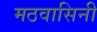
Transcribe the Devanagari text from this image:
मठवासिनी